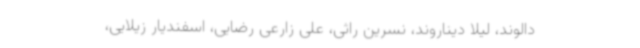
دالوند، لیلا دیناروند، نسرین راثی، علی زارعی رضایی، اسفندیار زیلایی،